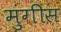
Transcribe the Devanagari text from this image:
मुंगीस